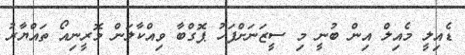
ޑެއިލީ މެއިލް އިން ބުނީ މި ސީޒަނަށްފަހު ޕޮގްބާ ވިއްކާލަން މޮރީނިއޯ ތައްޔާރު